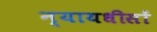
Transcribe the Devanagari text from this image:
न्यायधीसों